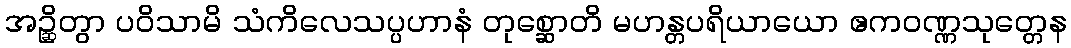
အဉ္ဆိတွာ ပဝိသာမိ သံကိလေသပ္ပဟာနံ တုစ္ဆောတိ မဟန္တပရိယာယော ဧကဝဏ္ဏသုတ္တေန